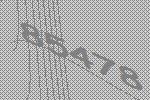
85478